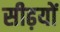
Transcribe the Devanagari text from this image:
सीढ़यों